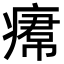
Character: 𤸷